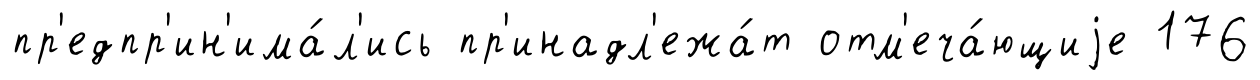
пр'едпр'ин'има́л'ись пр'инадл'ежа́т отм'еча́ющиjе 176